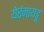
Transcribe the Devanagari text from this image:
येर्रनायडू